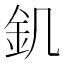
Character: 釠